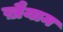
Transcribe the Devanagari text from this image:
ख़ैयाम